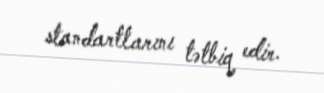
standartlarını tətbiq edir.